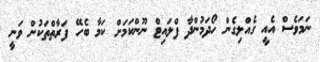
ނަމަވެސް އެއީ ގެެއްލިގެން ހޯދަމުންދާ ފްލައިޓް ނޫންކަމަށް ކަމާ ބެހޭ ފަރާތްތަކުން ވަނީ